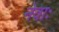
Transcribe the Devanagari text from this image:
नेवाः